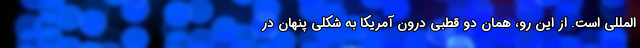
‌المللی است. از این رو، همان دو قطبی درون آمریکا به شکلی پنهان در